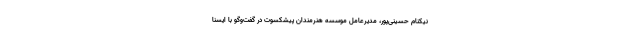
نیکنام حسینی‌پور، مدیرعامل موسسه هنرمندان پیشکسوت در گفت‌وگو با ایسنا